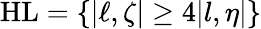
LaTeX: \mathrm{H}\mathrm{L}=\{ |\ell,\zeta|\geq 4|l,\eta|\}